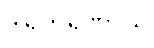
ဒါရဘရဏာယ